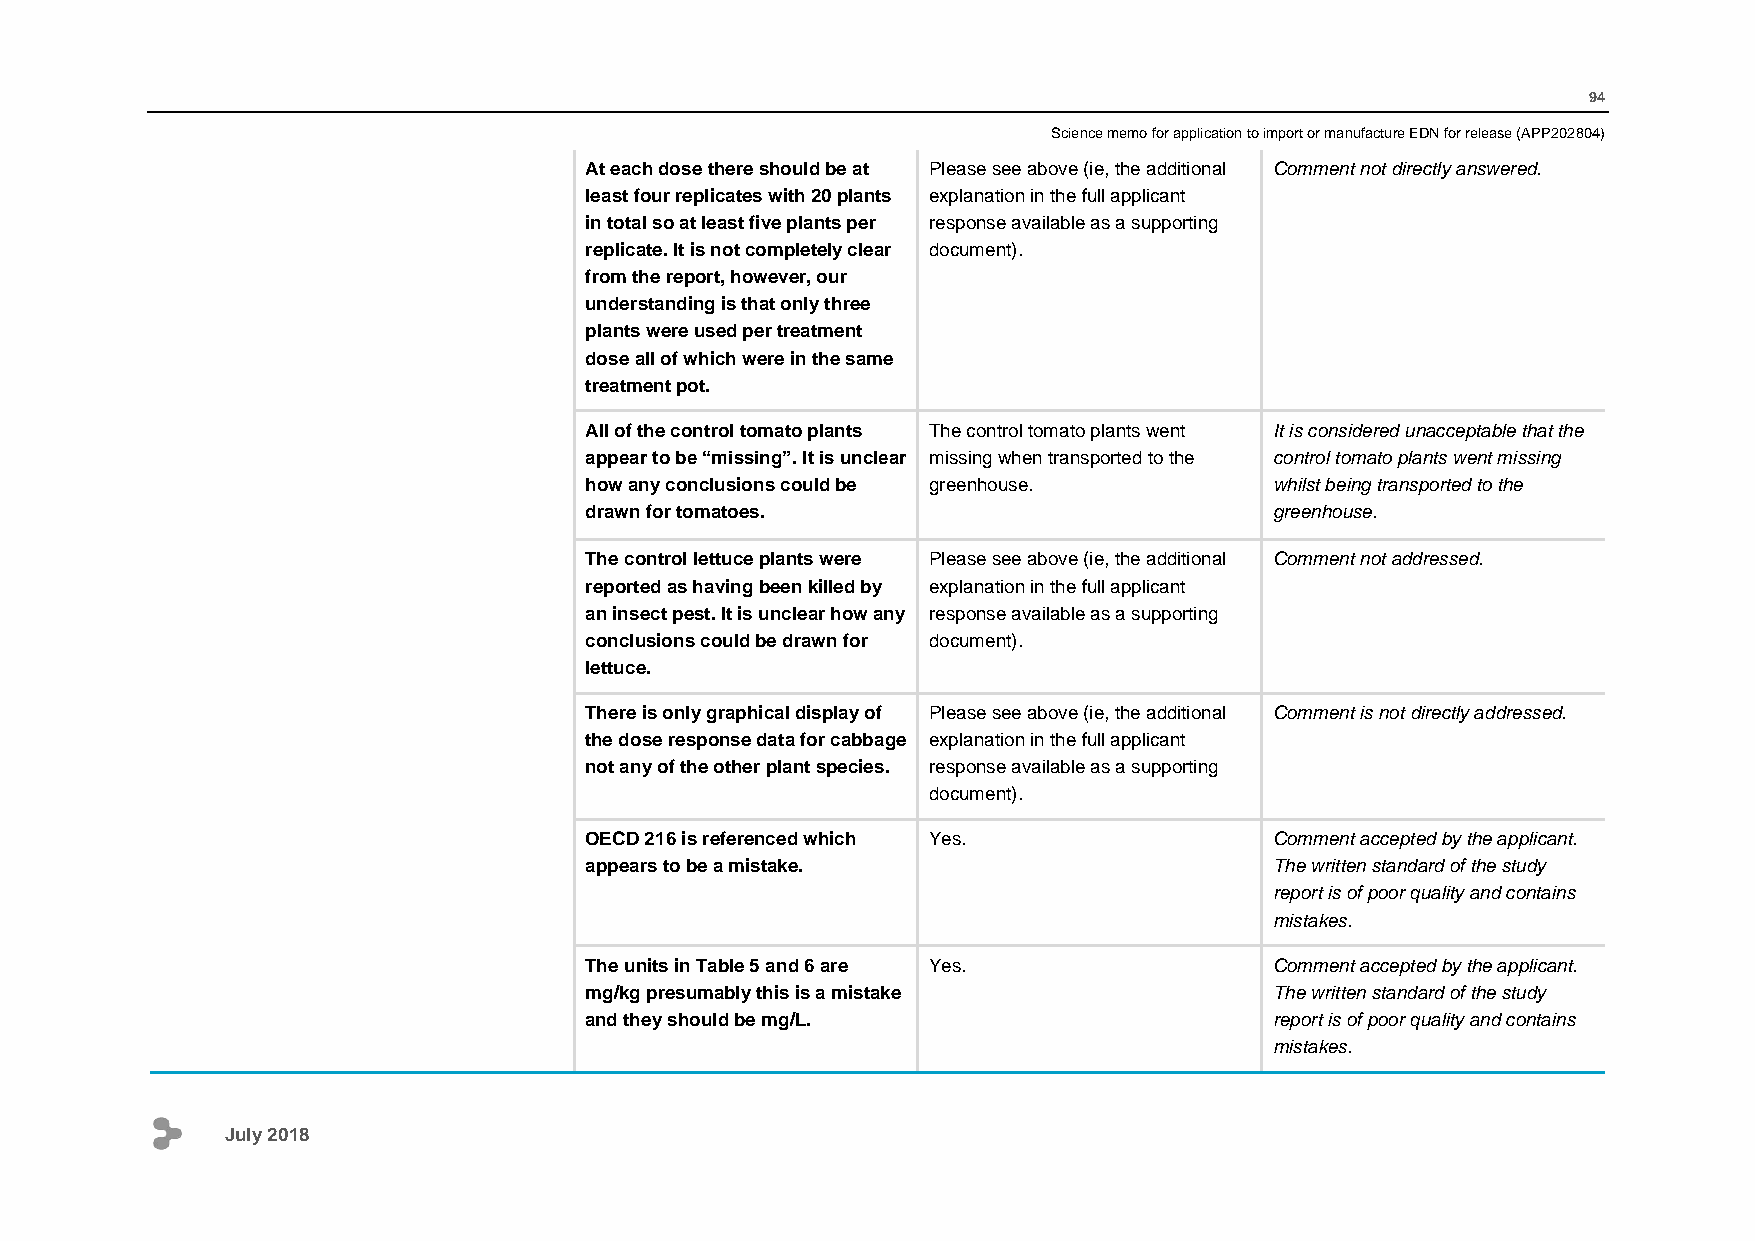
94
 Science memo for application to import or manufacture EDN for release (APP202804)
 At each dose there should be at Please see above (ie, the additional Comment not directly answered.
 least four replicates with 20 plants explanation in the full applicant
 in total so at least five plants per response available as a supporting
 replicate. It is not completely clear document).
 from the report, however, our
 understanding is that only three
 plants were used per treatment
 dose all of which were in the same
 treatment pot.
 All of the control tomato plants The control tomato plants went It is considered unacceptable that the
 appear to be “missing”. It is unclear missing when transported to the control tomato plants went missing
 how any conclusions could be greenhouse.     whilst being transported to the
 drawn for tomatoes.                          greenhouse.
 The control lettuce plants were Please see above (ie, the additional Comment not addressed.
 reported as having been killed by explanation in the full applicant
 an insect pest. It is unclear how any response available as a supporting
 conclusions could be drawn for document).
 lettuce.
 There is only graphical display of Please see above (ie, the additional Comment is not directly addressed.
 the dose response data for cabbage explanation in the full applicant
 not any of the other plant species. response available as a supporting
 document).
 OECD 216 is referenced which Yes.            Comment accepted by the applicant.
 appears to be a mistake.                     The written standard of the study
 report is of poor quality and contains
 mistakes.
 The units in Table 5 and 6 are Yes.          Comment accepted by the applicant.
 mg/kg presumably this is a mistake           The written standard of the study
 and they should be mg/L.                     report is of poor quality and contains
 mistakes.
 July 2018